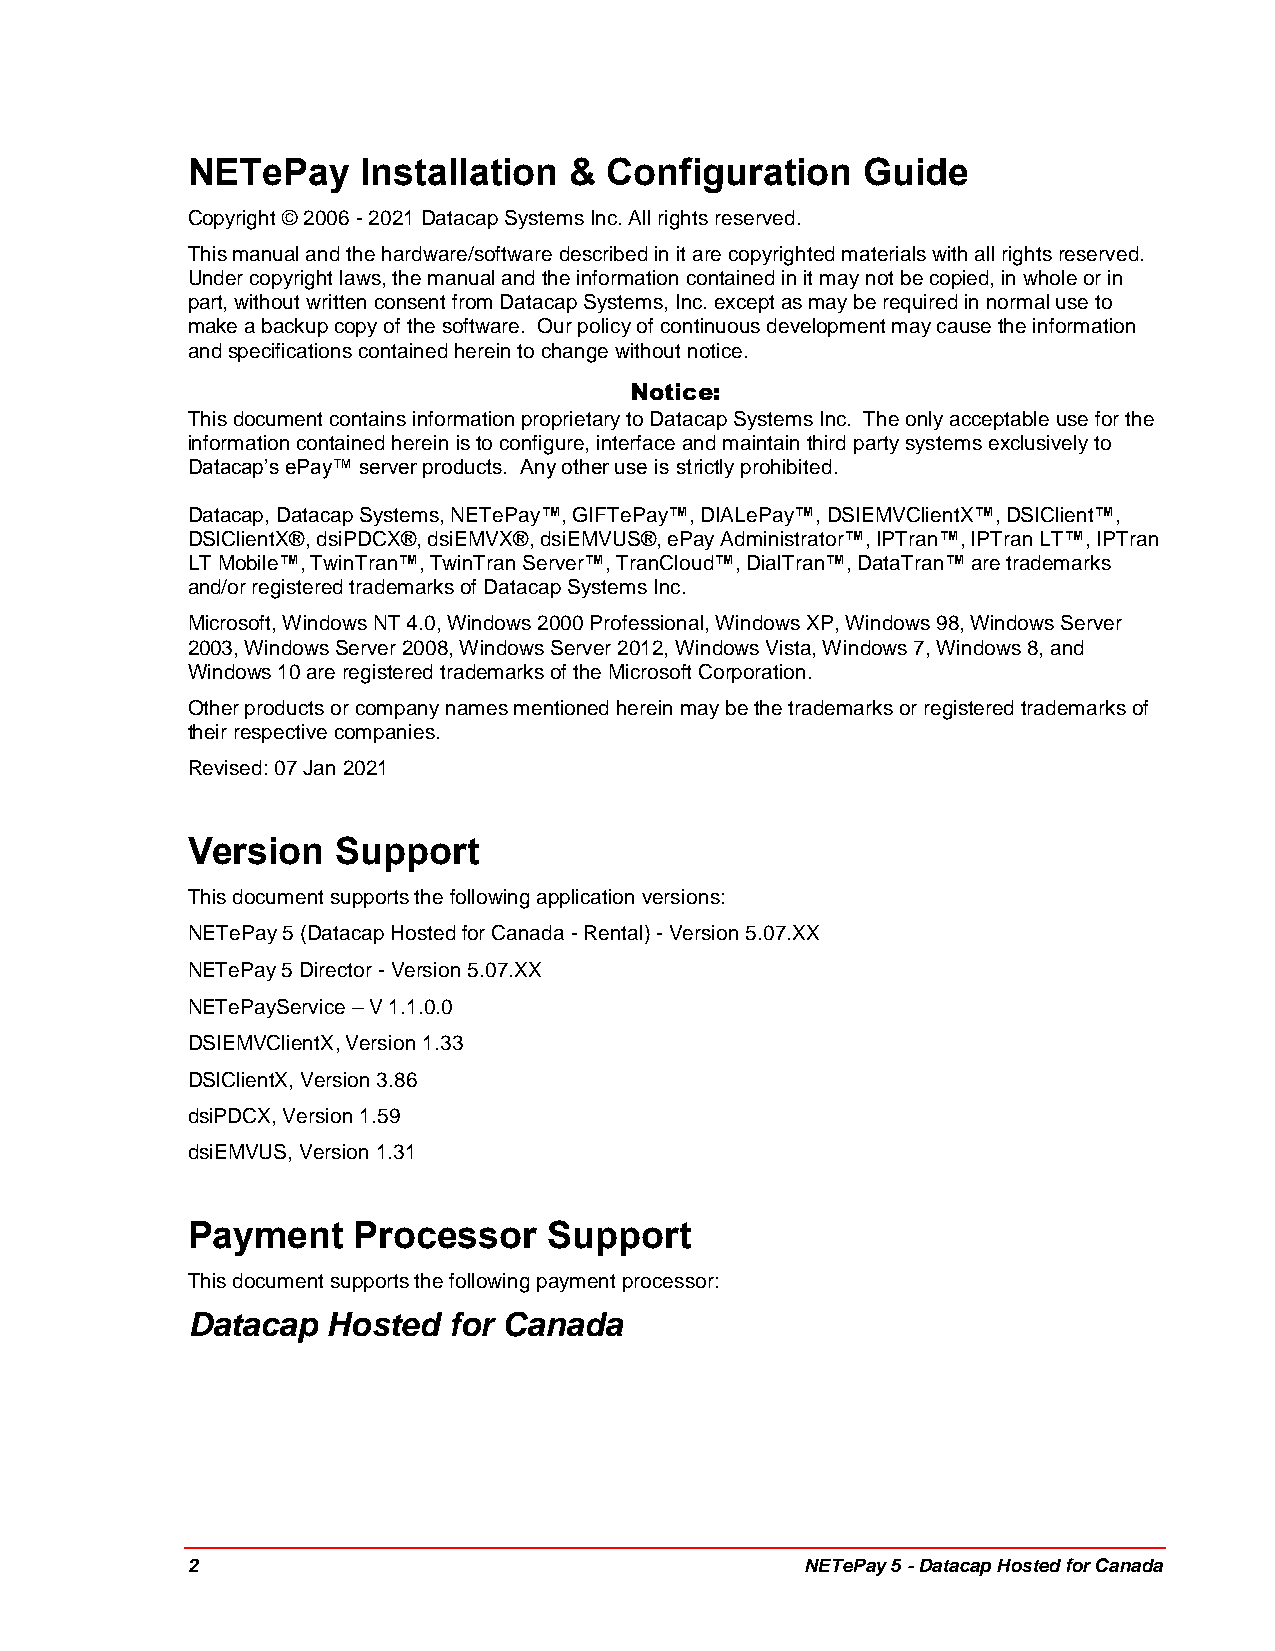
NETePay     Installation  & Configuration    Guide
 Copyright © 2006 - 2021 Datacap Systems Inc. All rights reserved.
 This manual and the hardware/software described in it are copyrighted materials with all rights reserved.
 Under copyright laws, the manual and the information contained in it may not be copied, in whole or in
 part, without written consent from Datacap Systems, Inc. except as may be required in normal use to
 make a backup copy of the software. Our policy of continuous development may cause the information
 and specifications contained herein to change without notice.
 Notice:
 This document contains information proprietary to Datacap Systems Inc. The only acceptable use for the
 information contained herein is to configure, interface and maintain third party systems exclusively to
 Datacap’s ePay™ server products. Any other use is strictly prohibited.
 Datacap, Datacap Systems, NETePay™, GIFTePay™, DIALePay™, DSIEMVClientX™, DSIClient™,
 DSIClientX®, dsiPDCX®, dsiEMVX®, dsiEMVUS®, ePay Administrator™, IPTran™, IPTran LT™, IPTran
 LT Mobile™, TwinTran™, TwinTran Server™, TranCloud™, DialTran™, DataTran™ are trademarks
 and/or registered trademarks of Datacap Systems Inc.
 Microsoft, Windows NT 4.0, Windows 2000 Professional, Windows XP, Windows 98, Windows Server
 2003, Windows Server 2008, Windows Server 2012, Windows Vista, Windows 7, Windows 8, and
 Windows 10 are registered trademarks of the Microsoft Corporation.
 Other products or company names mentioned herein may be the trademarks or registered trademarks of
 their respective companies.
 Revised: 07 Jan 2021
 Version   Support
 This document supports the following application versions:
 NETePay 5 (Datacap Hosted for Canada - Rental) - Version 5.07.XX
 NETePay 5 Director - Version 5.07.XX
 NETePayService – V 1.1.0.0
 DSIEMVClientX, Version 1.33
 DSIClientX, Version 3.86
 dsiPDCX, Version 1.59
 dsiEMVUS, Version 1.31
 Payment    Processor    Support
 This document supports the following payment processor:
 Datacap   Hosted  for Canada
 2                                        NETePay 5 - Datacap Hosted for Canada